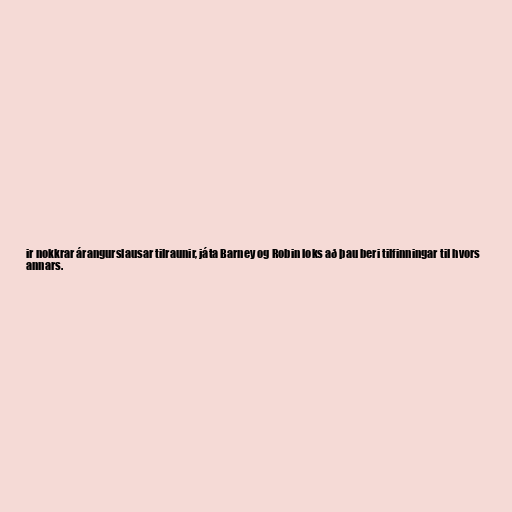
ir nokkrar árangurslausar tilraunir, játa Barney og Robin loks að þau beri tilfinningar til hvors
annars.